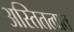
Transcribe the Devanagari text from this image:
अस्तितत्वात